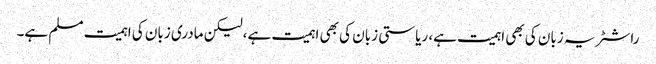
راشٹر یہ زبان کی بھی اہمیت ہے، ریاستی زبان کی بھی اہمیت ہے،لیکن مادری زبان کی اہمیت مسلم ہے۔